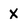
Character: X